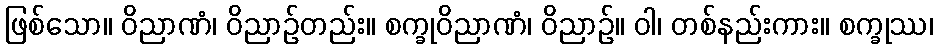
ဖြစ်သော။ ဝိညာဏံ၊ ဝိညာဉ်တည်း။ စက္ခုဝိညာဏံ၊ ဝိညာဉ်။ ဝါ၊ တစ်နည်းကား။ စက္ခုဿ၊